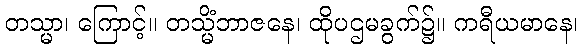
တသ္မာ၊ ကြောင့်။ တသ္မိံဘာဇနေ၊ ထိုပဌမခွက်၌။ ကရီယမာနေ၊